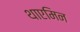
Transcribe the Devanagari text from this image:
थाएमिन